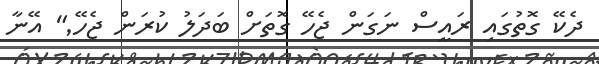
ދެކޭ ގޮތުގައި ރައީސް ނަގަން ޖެހޭ ގޮތަށް ބަދަލު ކުރަން ޖެހޭ